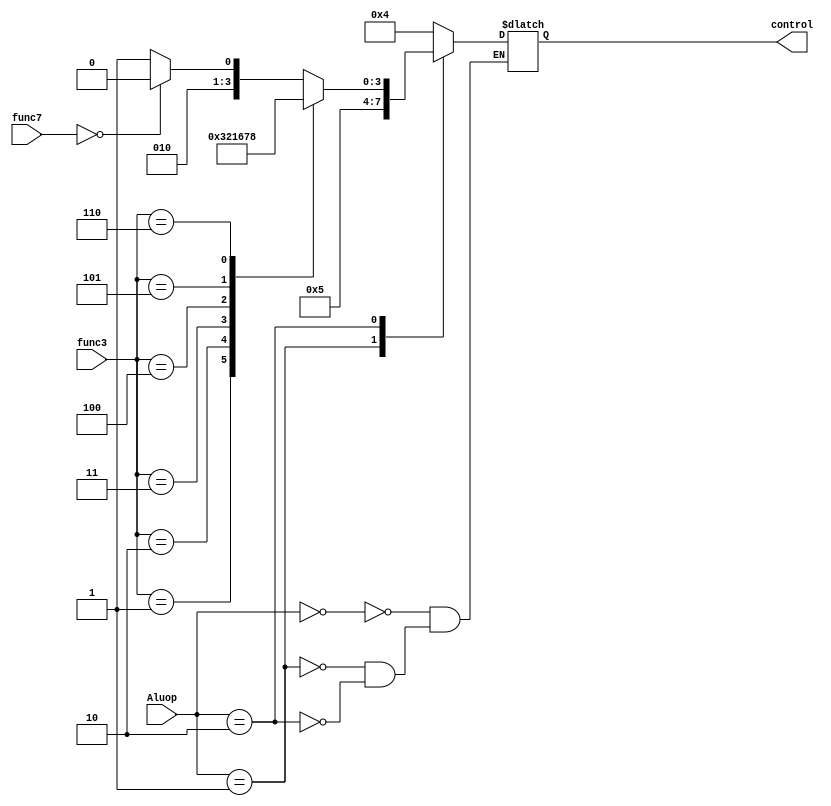
module AluControl(
    input [1:0] Aluop,
    input [6:0] func7,
    input [2:0] func3,
    output reg [3:0] control
);

always @(*) 
begin
    case (Aluop)
        2'b00 : control <= 4'b0100; // add;
        2'b01 : control <= 4'b0101; // sub;
        2'b10 :
        begin
            case(func3)
                    3'b000 : control <= (func7 == 7'd0 ?  4'b0100 : 4'b0101); // add, sub
                    3'b001 : control <= 4'b0011; // xor
                    3'b010 : control <= 4'b0010; // or
                    3'b011 : control <= 4'b0001; // and
                    3'b100 : control <= (func7 == 7'd0 ?  4'b0110 : 4'b0110); // rs, rs
                    3'b101 : control <= (func7 == 7'd0 ?  4'b0111 : 4'b0111); // ls, ls
                    3'b110 : control <= 4'b1000;
                    default : control <= 4'bxxx;
                endcase
            end
    endcase
end
endmodule